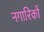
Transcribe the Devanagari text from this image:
नगारिकों